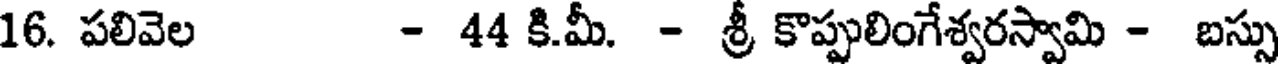
16. పలివెల - 44 కి.మీ. - శ్రీ కొప్పులింగేశ్వరస్వామి - బస్సు